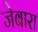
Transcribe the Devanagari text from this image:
जेबारा